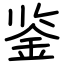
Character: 鉴